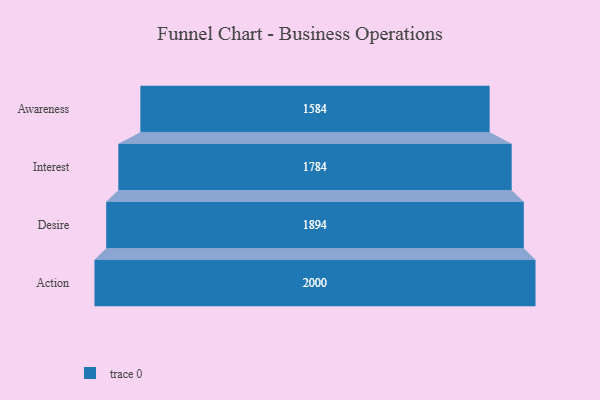
{"axis": {"x": "Stage", "y": "Value"}, "legend": [""], "data": [{"x": "Awareness", "y": 1584.0, "type": ""}, {"x": "Interest", "y": 1784.0, "type": ""}, {"x": "Desire", "y": 1894.0, "type": ""}, {"x": "Action", "y": 2000, "type": ""}]}